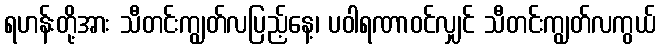
ရဟန်းတို့အား သီတင်းကျွတ်လပြည့်နေ့၊ ပဝါရဏာဝင်လျှင် သီတင်းကျွတ်လကွယ်